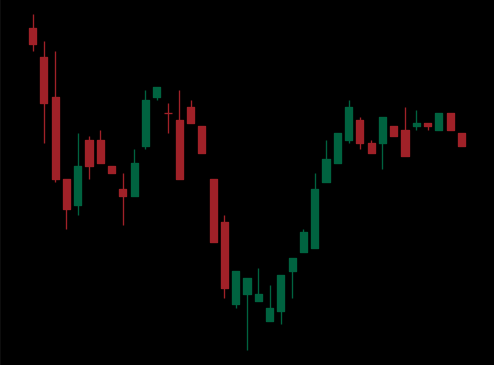
Pattern: inverse_head_shoulders